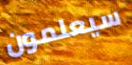
سيعلمون